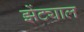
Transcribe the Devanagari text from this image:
झेंट्याल